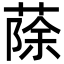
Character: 蒢